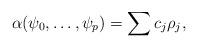
LaTeX: \begin{align*}\alpha(\psi_0,\dots,\psi_p)=\sum c_j \rho_j ,\end{align*}